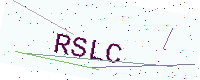
Text: RSLC